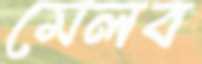
মেলব